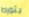
يتورط